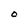
Character: O